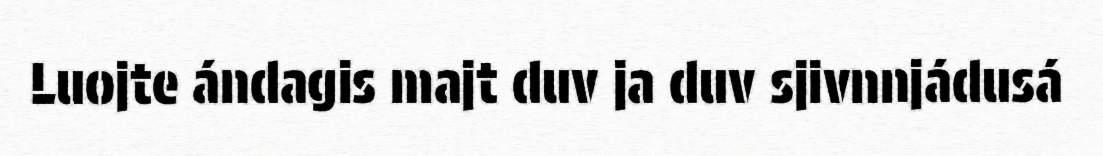
Luojte ándagis majt duv ja duv sjivnnjádusá